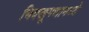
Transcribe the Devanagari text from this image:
भिक्खूगणामध्ये